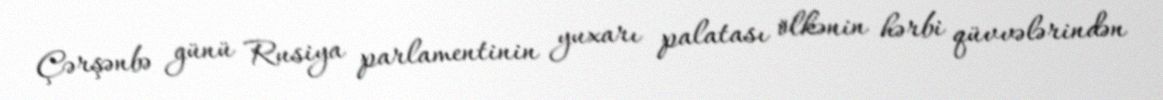
Çərşənbə günü Rusiya parlamentinin yuxarı palatası ölkənin hərbi qüvvələrindən